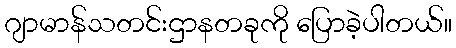
ဂျာမာန်သတင်းဌာနတခုကို ပြောခဲ့ပါတယ်။